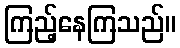
ကြည့်နေကြသည်။